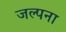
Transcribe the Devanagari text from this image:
जल्पना